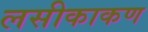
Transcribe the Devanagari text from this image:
लसीकाकण